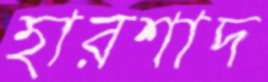
হারশাদ